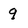
Character: q